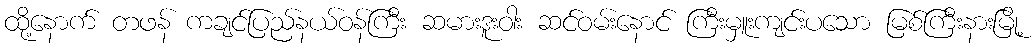
ထို့နောက် တဖန် ကချင်ပြည်နယ်ဝန်ကြီး ဆမားဒူးဝါး ဆင်ဝမ်းနောင် ကြီးမှူးကျင်းပသော မြစ်ကြီးနားမြို့